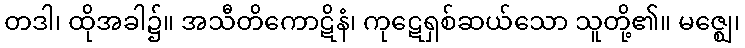
တဒါ၊ ထိုအခါ၌။ အသီတိကောဋိနံ၊ ကုဋေရှစ်ဆယ်သော သူတို့၏။ မဇ္ဈေ၊